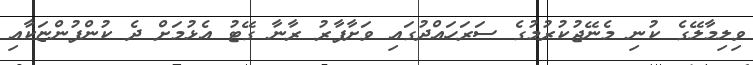
ވިލިމާލޭގެ ކުނި މެނޭޖުކުރުމުގެ ސަރަހައްދުގައި ވަށާފާރު ރާނާ ގޭޓު އެޅުމަށް ދެ ކުންފުންޏަކާއި